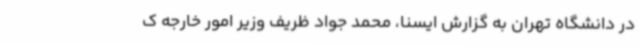
در دانشگاه تهران به گزارش ایسنا، محمد جواد ظریف وزیر امور خارجه ک